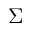
\Sigma